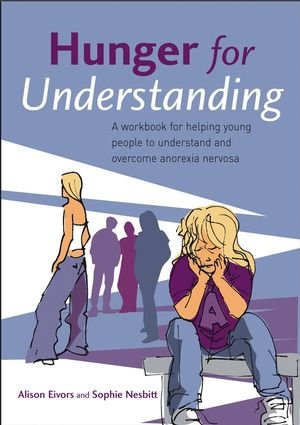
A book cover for Hunger for Understanding: A Workbook for helping young people to understand and overcome anorexia nervosa; Alison Eivors; Health, Fitness & Dieting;